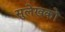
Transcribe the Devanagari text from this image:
सुलेखकों